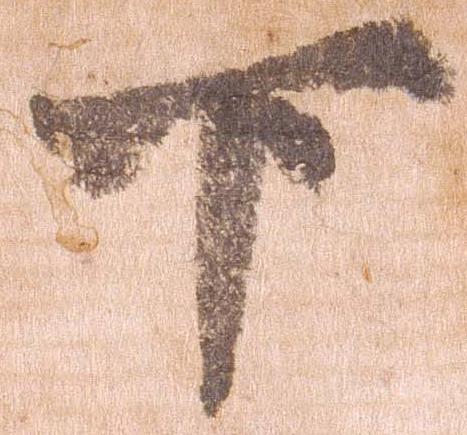
下